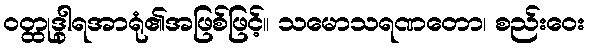
ဝတ္ထုဒွါရအာရုံ၏အဖြစ်ဖြင့်။ သမောသရဏတော၊ စည်းဝေး